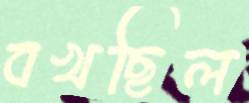
বখছিল